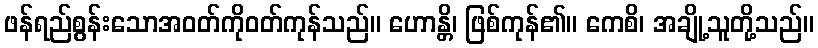
ဖန်ရည်စွန်းသောအဝတ်ကိုဝတ်ကုန်သည်။ ဟောန္တိ၊ ဖြစ်ကုန်၏။ ကေစိ၊ အချို့သူတို့သည်။